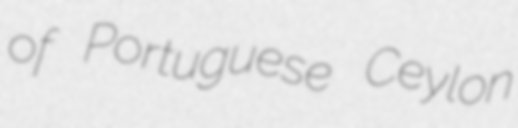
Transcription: of Portuguese Ceylon